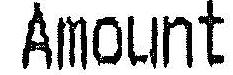
AMOUNT